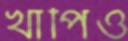
খাপিও